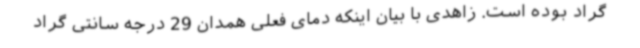
گراد بوده است. زاهدی با بیان اینکه دمای فعلی همدان 29 درجه سانتی گراد